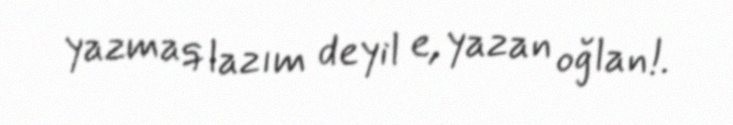
yazmaq lazım deyil e, yazan oğlan!.